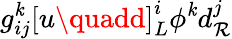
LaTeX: g_{ij}^{\mathit{k}}\left[u\quadd\right]_{L}^{i}\phi^{\mathit{k}}d_{\mathcal{R}}^{j}